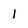
Character: 1